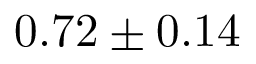
0 . 7 2 \pm 0 . 1 4